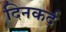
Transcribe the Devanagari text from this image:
दिनकर्द